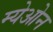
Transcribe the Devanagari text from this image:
म्येओन